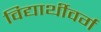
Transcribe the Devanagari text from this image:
विद्यार्थीवर्ग